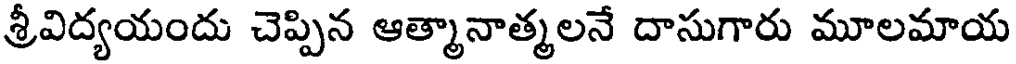
శ్రీవిద్యయందు చెప్పిన ఆత్మానాత్మలనే దాసుగారు మూలమాయ